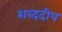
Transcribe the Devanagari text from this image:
शब्ददीप